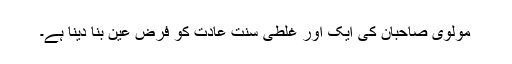
مولوی صاحبان کی ایک اور غلطی سنت عادت کو فرض عین بنا دینا ہے۔